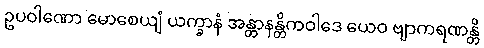
ဥပဝါဏော မောစေယျံ ယက္ခာနံ အန္တာနန္တိကဝါဒေ ယေဝ ဗျာကရဏန္တိ